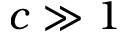
c \gg 1